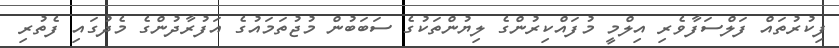
ފިކުރުތައް ފަލްސަފާވެރި އިލްމީ މުފައްކިރުންގެ ލިޔުންތަކުގެ ސަބަބުން މުޖުތަމައުގެ އަފުރާދުންގެ މެދުގައި ފެތުރި